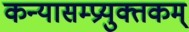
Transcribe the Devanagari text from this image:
कन्यासम्प्रयुक्तकम्